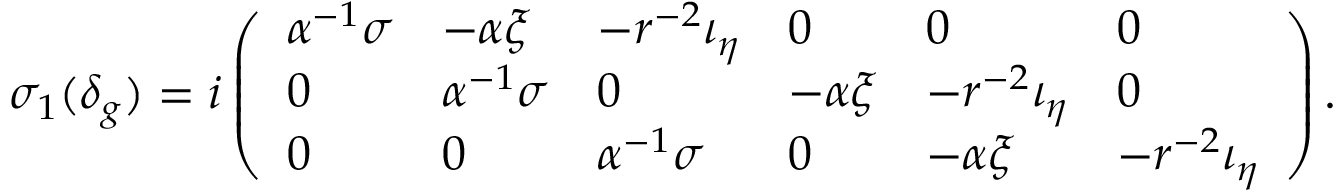
\sigma _ { 1 } ( \delta _ { g } ) = i \left( \begin{array} { l l l l l l } { \alpha ^ { - 1 } \sigma } & { - \alpha \xi } & { - r ^ { - 2 } \iota _ { \eta } } & { 0 } & { 0 } & { 0 } \\ { 0 } & { \alpha ^ { - 1 } \sigma } & { 0 } & { - \alpha \xi } & { - r ^ { - 2 } \iota _ { \eta } } & { 0 } \\ { 0 } & { 0 } & { \alpha ^ { - 1 } \sigma } & { 0 } & { - \alpha \xi } & { - r ^ { - 2 } \iota _ { \eta } } \end{array} \right) .